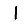
Digit: 1